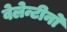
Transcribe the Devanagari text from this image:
वेलेन्टीनो